Lunatic asylums Madras 1877-1891 - 1877-1891
Year: 1877
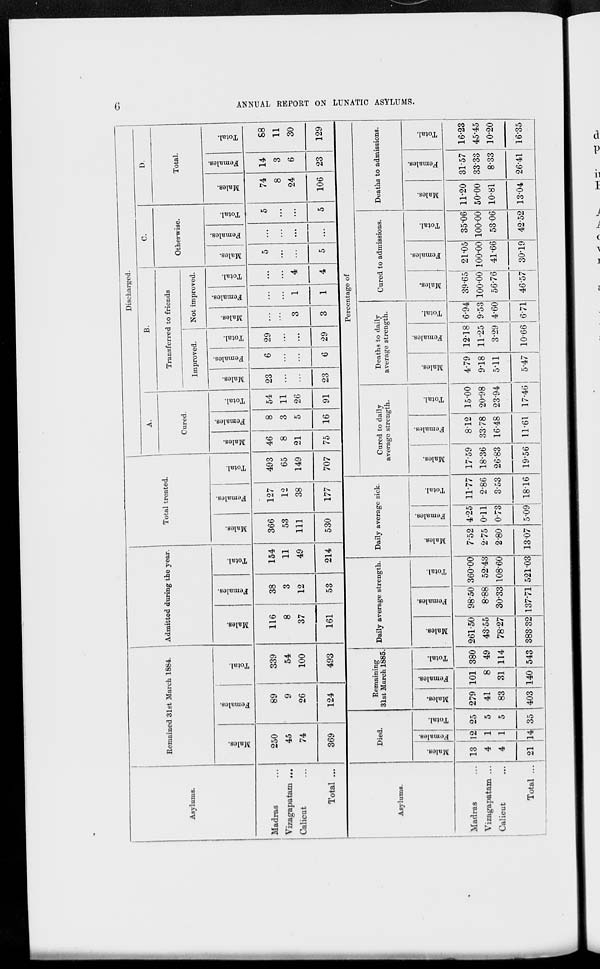
6
ANNUAL REPORT ON LUNATIC ASYLUMS.
Asylums.
Madras ...
Vizagapatam ...
Calicut ...
Total ...
Asylums.
Madras ...
Vizagapatam ...
Calicut ...
Total ...
Remained 31st March 1884.
Males.
250
45
74
369
Females.
89
9
26
124
Died.
Males.
13
4
4
21
Females.
12
1
1
14
Total.
25
5
5
35
Total.
339
54
100
493
Remaining
31st March 1885.
Males.
279
41
83
403
Females.
101
8
31
140
Total.
380
49
114
543
Admitted during the year.
Males.
116
8
37
161
Females.
38
3
12
53
Total.
154
11
49
214
Daily average strength.
Males.
261.50
43.55
78.27
383.32
Females.
98.50
8.88
30.33
137.71
Total.
360.00
52.43
108.60
521.03
Total treated.
Males.
366
53
111
530
Females.
127
12
38
177
Daily average sick.
Males.
7.52
2.75
2.80
13.07
Females.
4.25
0.11
0.73
5.09
Total.
11.77
2.86
3.53
18.16
Total.
493
65
149
707
Discharged.
A.
Cured.
Males.
46
8
21
75
Females.
8
3
5
16
Total.
54
11
26
91
B.
Transferred to friends
Improved.
Males.
23
...
...
23
Females.
6
...
...
6
Total.
29
...
...
29
Not improved.
Males.
...
...
3
3
Females.
...
...
1
1
Total.
...
...
4
4
C.
Otherwise.
Males.
5
...
...
5
Females.
...
...
...
...
Total.
5
...
...
5
D.
Total.
Males.
74
8
24
106
Females.
14
3
6
23
Total.
88
11
30
129
Percentage of
Cured to daily
average strength.
Males.
17.59
18.36
26.83
19.56
Females.
8.12
33.78
16.48
11.61
Total.
15.00
20.98
23.94
17.46
Deaths to daily
average strength.
Males.
4.79
9.18
5.11
5.47
Females.
12.18
11.25
3.29
10.66
Total.
6.94
9.53
4.60
6.71
Cured to admissions.
Males.
39.65
100.00
56.76
46.57
Females.
21.05
100.00
41.66
30.19
Total.
35.06
100.00
53.06
42.52
Deaths to admissions.
Males.
11.20
50.00
10.81
13.04
Females.
31.57
33.33
8.33
26.41
Total.
16.23
45.45
10.20
16.35